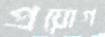
প্রয়োগ